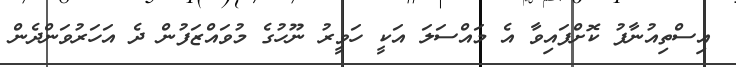
އިސްތިއުނާފު ކޮށްފައިވާ އެ މައްސަލަ އަކީ ހަވީރު ނޫހުގެ މުވައްޒަފުން ދެ އަހަރުވަންދެން